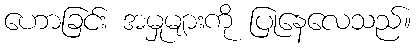
ဟောခြင်း အမှုများကို ပြုနေလေသည်။